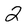
Character: 2